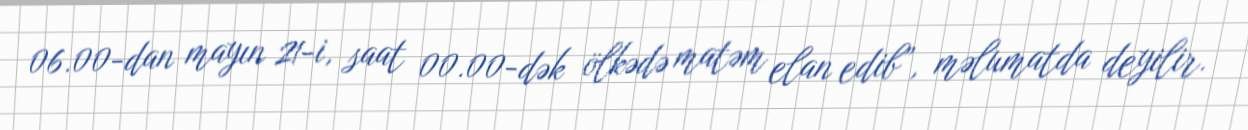
06.00-dan mayın 21-i, saat 00.00-dək ölkədə matəm elan edib”, məlumatda deyilir.